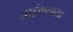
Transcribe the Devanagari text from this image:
आईकतासा